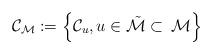
LaTeX: \begin{align*}\mathcal{C}_{\mathcal{M}}:=\left\{\mathcal{C}_u,u\in\tilde{\mathcal{M}}\subset\,\mathcal{M}\right\}\end{align*}